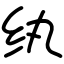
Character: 纨